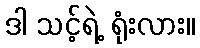
ဒါ သင့်ရဲ့ ရုံးလား။